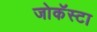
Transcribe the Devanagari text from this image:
जोकॅस्टा